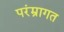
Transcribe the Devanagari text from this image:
परंम्रागत